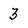
Character: 3